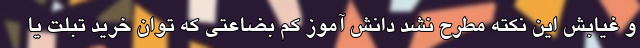
و غیابش این نکته مطرح نشد دانش آموز کم بضاعتی که توان خرید تبلت یا